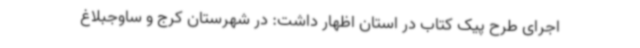
اجرای طرح پیک کتاب در استان اظهار داشت: در شهرستان کرج و ساوجبلاغ